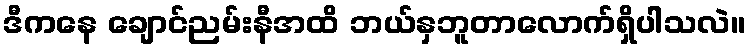
ဒီကနေ ချောင်ညမ်းနီအထိ ဘယ်နှဘူတာလောက်ရှိပါသလဲ။